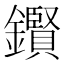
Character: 鑦